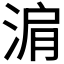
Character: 𬇽